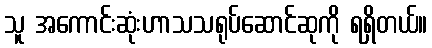
သူ အကောင်းဆုံးဟာသသရုပ်ဆောင်ဆုကို ရရှိတယ်။